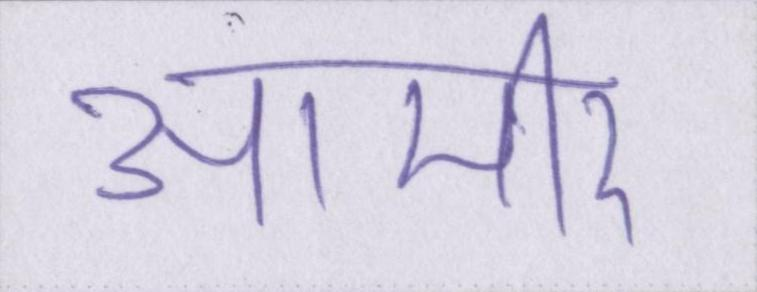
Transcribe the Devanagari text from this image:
आमीर